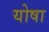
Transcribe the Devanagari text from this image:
योषा